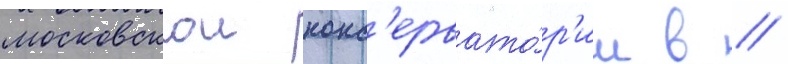
московскои конс'ервато́р'ии в //